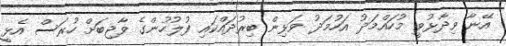
އޭނާ ވިދާޅުވީ މުހައްމަދު އަހުމަދު ވަޅިން ބިރުދައްކައި ފުލުހުންގެ ވާޖިބަށް ހުރަސް އެޅީ